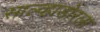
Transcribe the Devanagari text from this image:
साल्व्हाडोरला